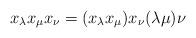
LaTeX: \begin{align*}x_{\lambda} x_{\mu}x_{\nu} = (x_{\lambda} x_{\mu})x_{\nu} (\lambda\mu)\nu\end{align*}